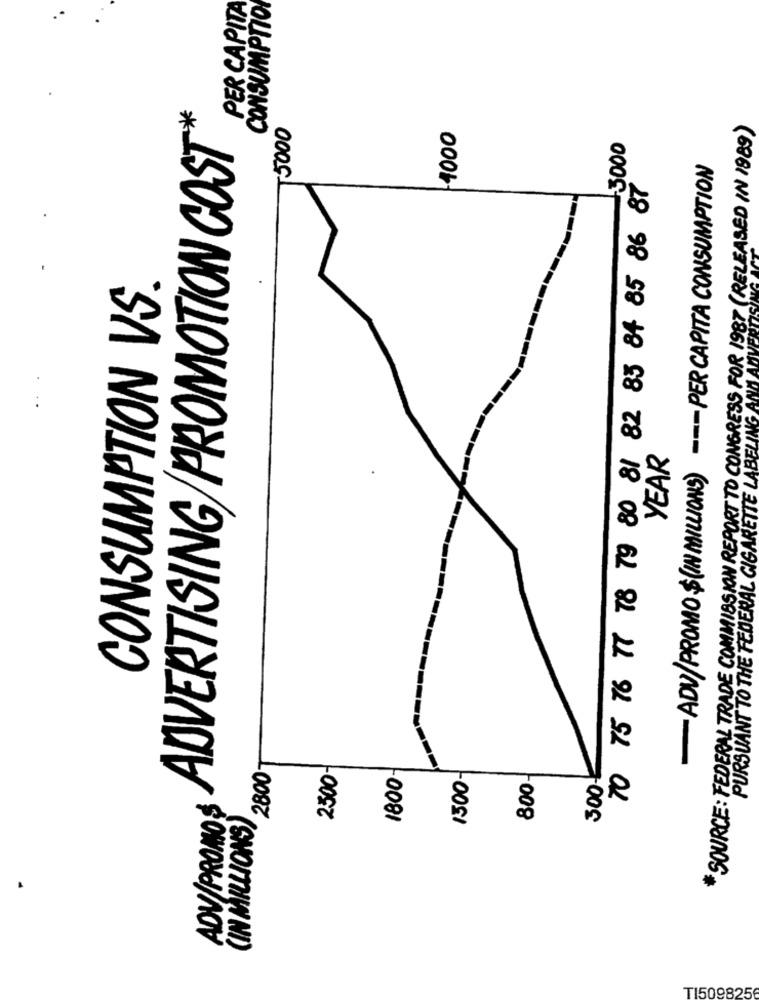
PER CAPITA
CONSUMPTION
*
5000
4000
*SOURCE: FEDERAL TRADE COMMISSION REPORT TO CONGRESS FOR 1987 (RELEASED IN 1989)
ADVERTISING PROMOTION COST
+3000
- ADV/PROMO $(IN MILLIONS) - PER CAPITA CONSUMPTION
70 75 76 77 78 79 80 81 82 85 84 85 86 87
CONSUMPTION VS.
PURSUANT TO THE FEDERAL CIGARETTE LABELING AND A
YEAR
2800-
2500-
1800
1300.
300-
800
ADV/PROMOS
(IN MILLIONS)
TI5098256